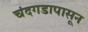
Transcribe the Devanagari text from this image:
चंदगडापासून